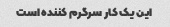
این یک کار سرگرم کننده است